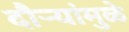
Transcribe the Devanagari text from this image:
दौर्‍यांमुळे